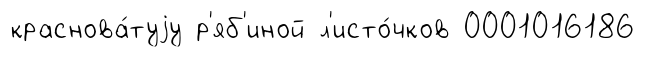
краснова́туjу р'яб'иной л'исто́чков 0001016186